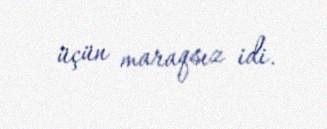
üçün maraqsız idi.